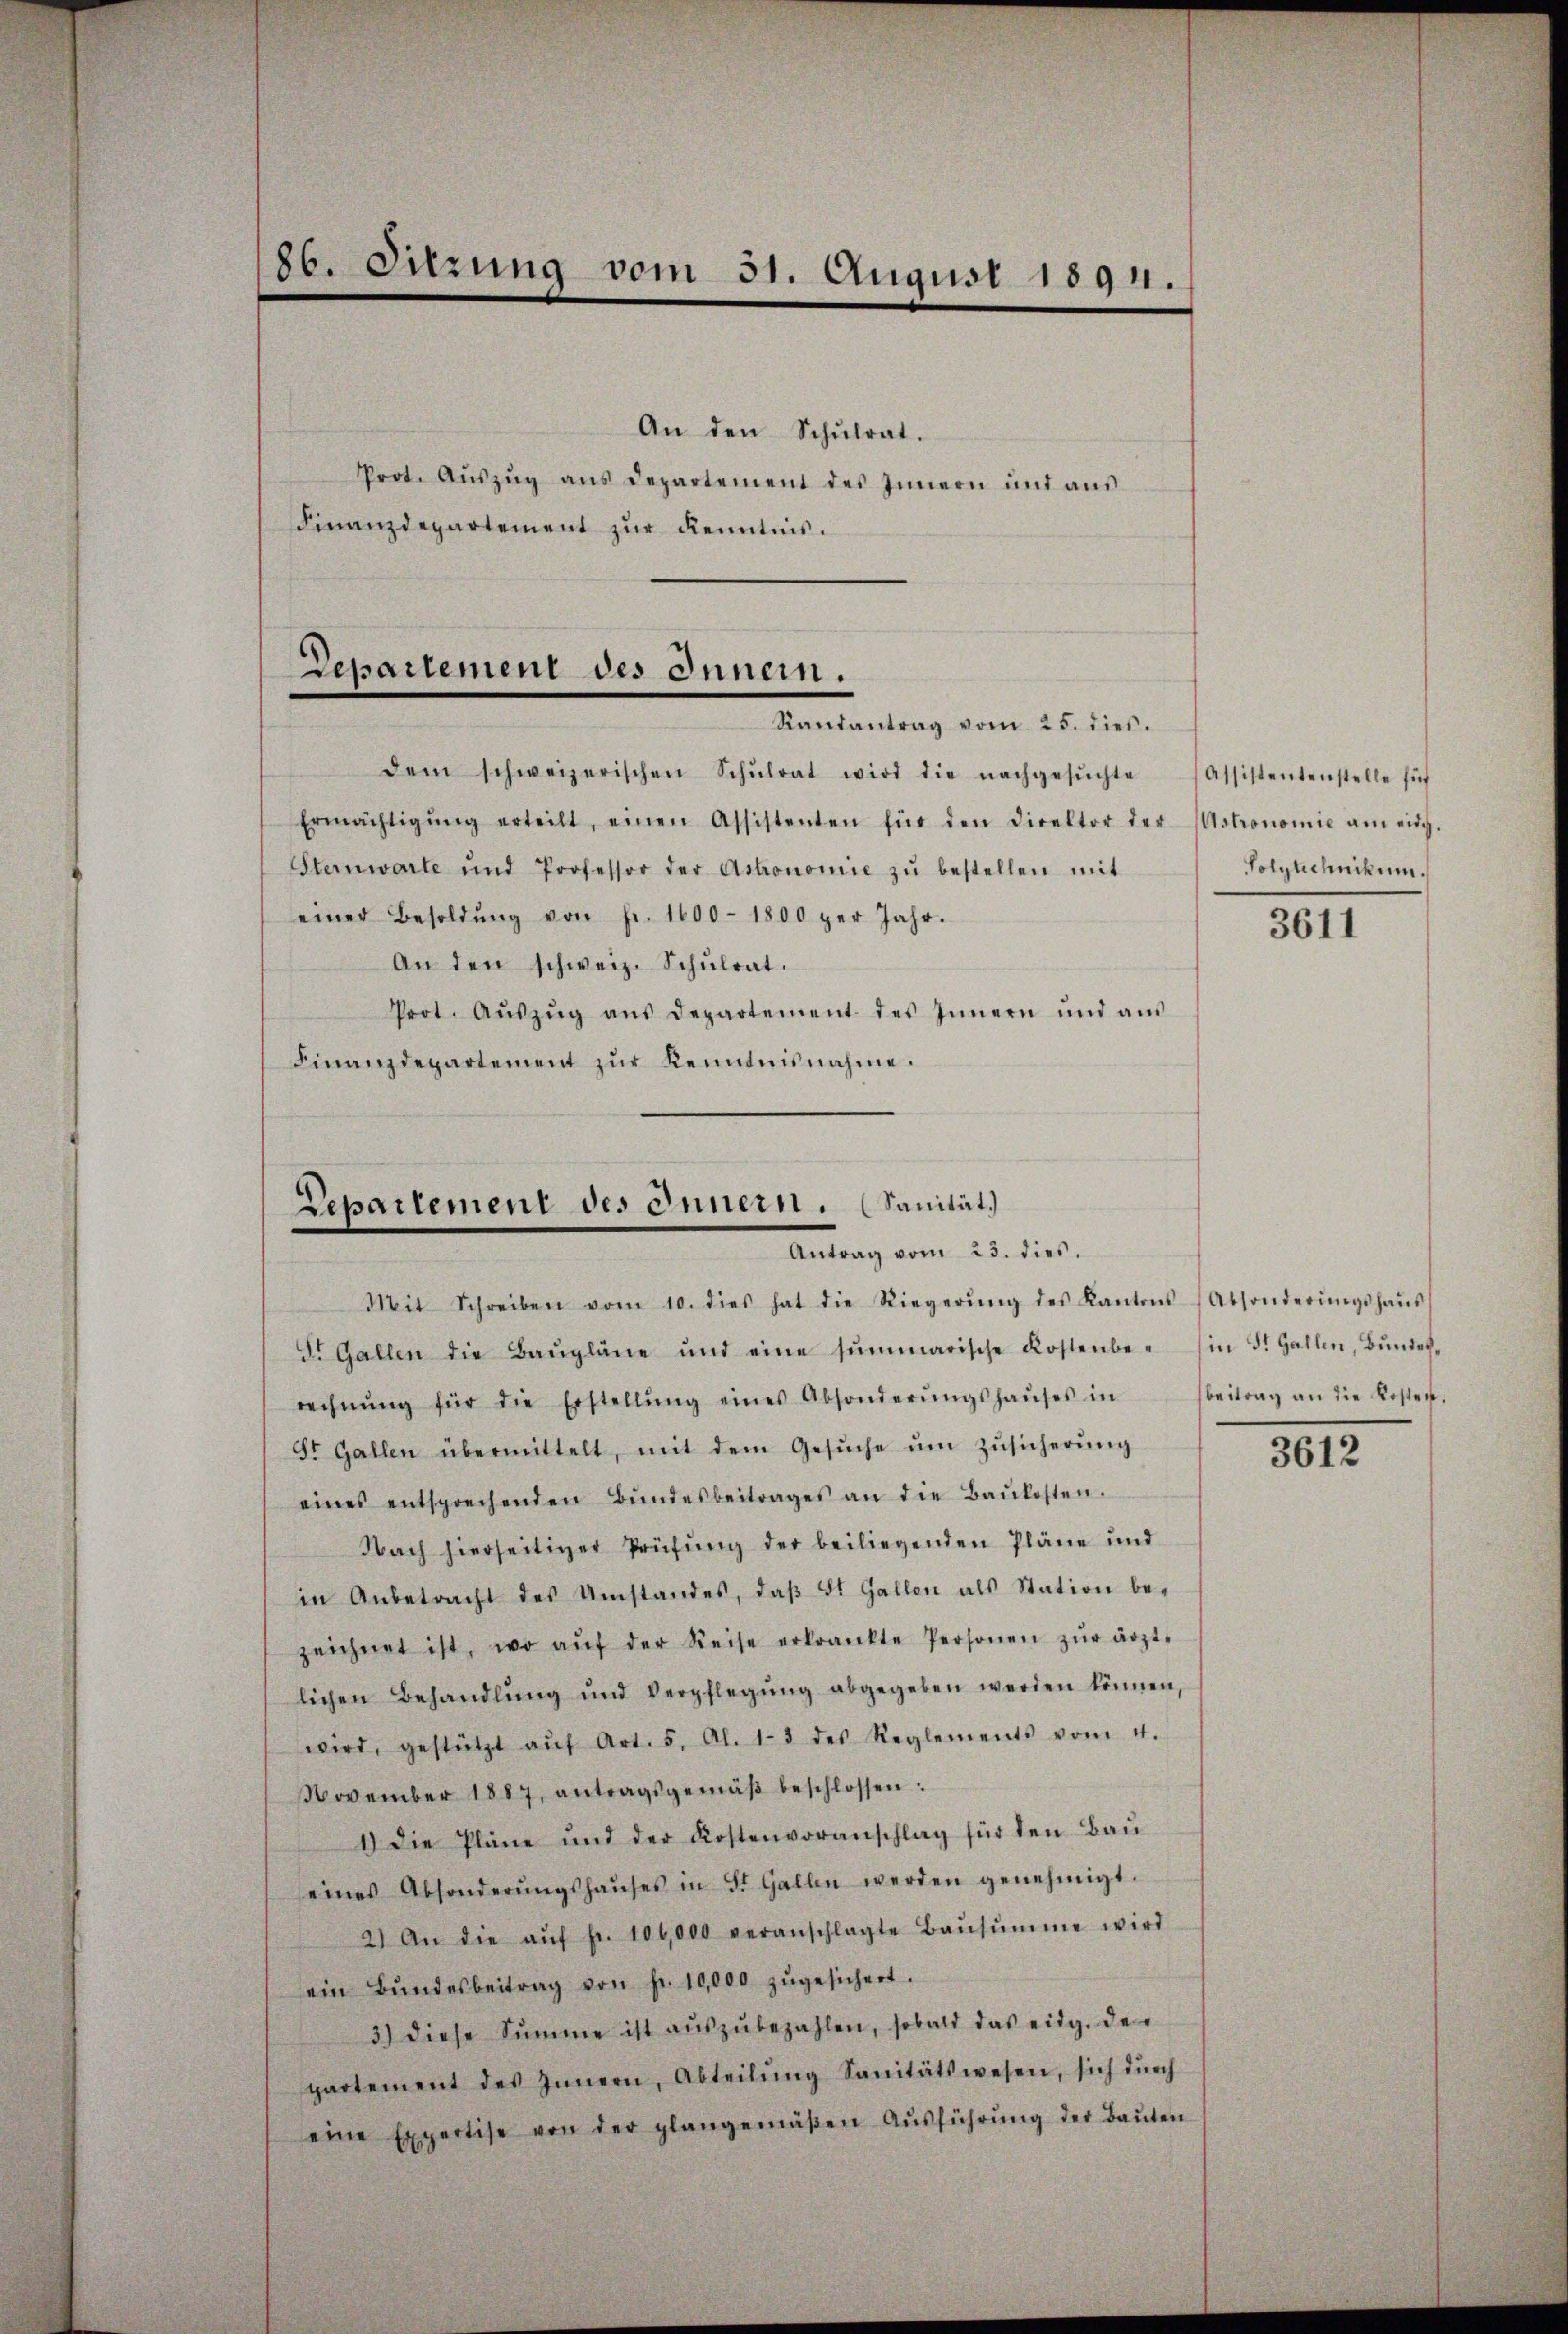
86. Sitzung vom 31. August 1891.

An den Schŭlrat.
Prot. Auszug aus Departement des Innern und aus
Finanzdepartement zur Kenntnis.

Departement des Innern.
Rautantrag vom 25. dieß.

dem schweizerischen Schŭlrat wird die nachgesŭchte
Ermächtigŭng erteilt, einen Assistenten für den Direktor der Astronomie am eidg.
Sternwarte und Professor der Astronomie zŭ bestellen mit
einer Besoldŭng von fr. 1600 - 1800 per Jahr.
An den schweiz. Schŭlrat.
Prot. Aŭszŭg aŭs departement des Innern und aŭs
Finanzdepartement zur Kenntnisnahme.

Repartement des Innern. (Sanität.
Antrag vom 23. dies.

Mit Schreiben vom 10. dies hat die Riegerŭng des Kantons (Absonderŭngshaŭs
St. Gallen die Baŭpläne und eine summarische Kostenbe- Ein St. Gallen, Bŭndesrechnŭng für die Erstellŭng eines Absonderŭngshaŭses in
St. Gallen übermittelt, mit dem Gesŭche ŭm Zŭsicherŭng
eines entsprechenden Bŭndesbeitrages an die Baŭkosten.
Nach hierseitiger Prüfung der beiliegenden Pläne und
in Anbetracht des Umstandes, daß St. Gallen als Station bezeichnet ist, wo aŭf der Reise erkrankte Personen zŭr ärzt-
lichen Behandlŭng und Verpflegŭng abgegeben werden können,
wird, gestützt aŭf Art. 5, Al. 13 des Reglements vom 4.
November 1887, antragsgemäβ beschlossen:
1.) Die Pläne und der Kostenvoranschlag für den Bau
eines Absonderŭngshaŭses in St. Gallen werden genehmigt.
2) An die aŭf fr. 100,000 veranschlagte Baŭsŭmme wird
ein Bŭndesbeitrag von fr. 10,000 zŭgesichert.
3) diese Summe ist aŭszŭbezahlen, sobald das eidg. de
partement des Innern, Abteilŭng Sanitätswesen, sich dŭrch
eine Expertise von der plangemäβen Aŭsführŭng der Baŭten

Assistentenstelle sich
Polytechnikum.

3611

sbeitrag an die Kosten.

3612